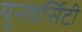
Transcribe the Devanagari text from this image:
यूनवर्सिटी